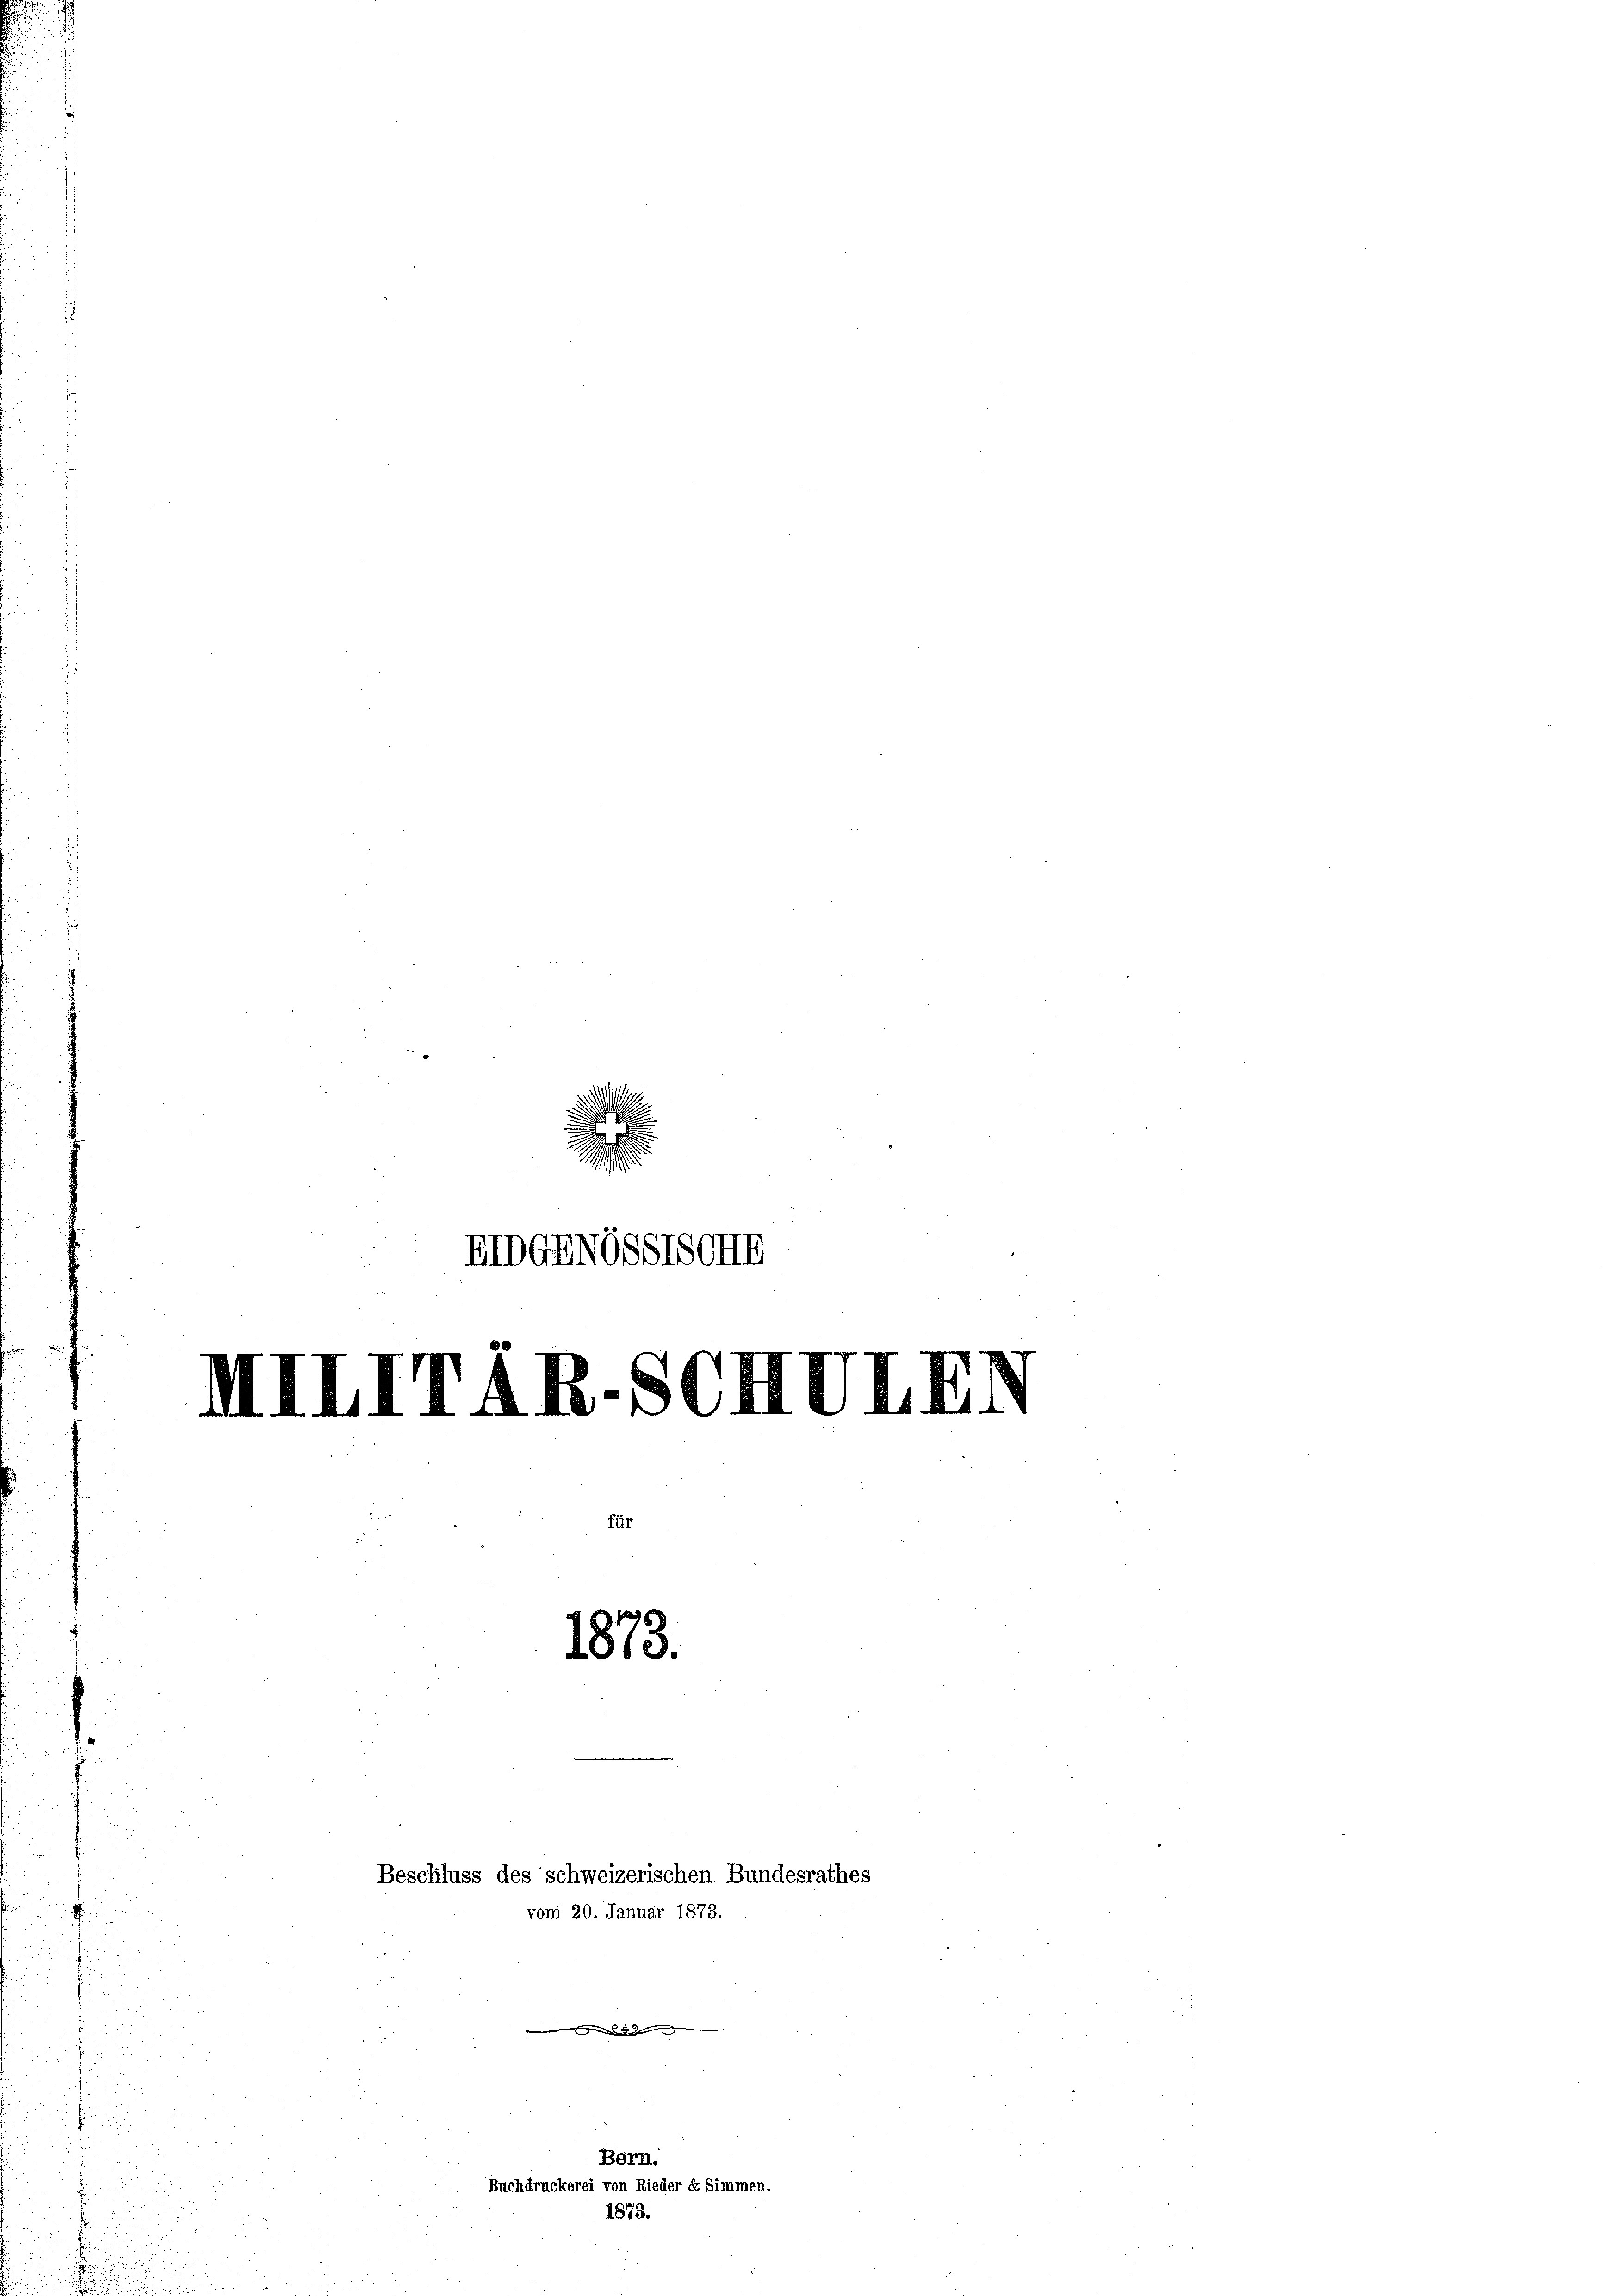
u

.
n
2
EIDGENOSSTSCHE

a. d. d. M. a. a. A. 10 - 8
1873.

Beschluss des schweizerischen Bundesrathes
vom 20. Januar 1873.

es in den |

Bern.
hdruckerei von Rieder dr Simmer
1873.